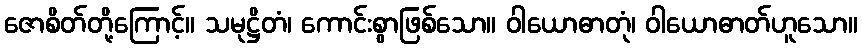
ဇောစိတ်တို့ကြောင့်။ သမုဋ္ဌိတံ၊ ကောင်းစွာဖြစ်သော။ ဝါယောဓာတုံ၊ ဝါယောဓာတ်ဟူသော။